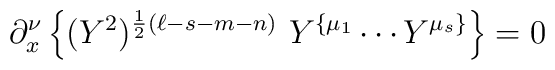
\partial^\nu_x \left\{(Y^2)^{\frac{1}{2}(\ell-s-m-n)}\ Y^{\{\mu_1}\cdots  Y^{\mu_s\}} \right\} = 0